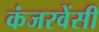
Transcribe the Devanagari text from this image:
कंजरवेंसी